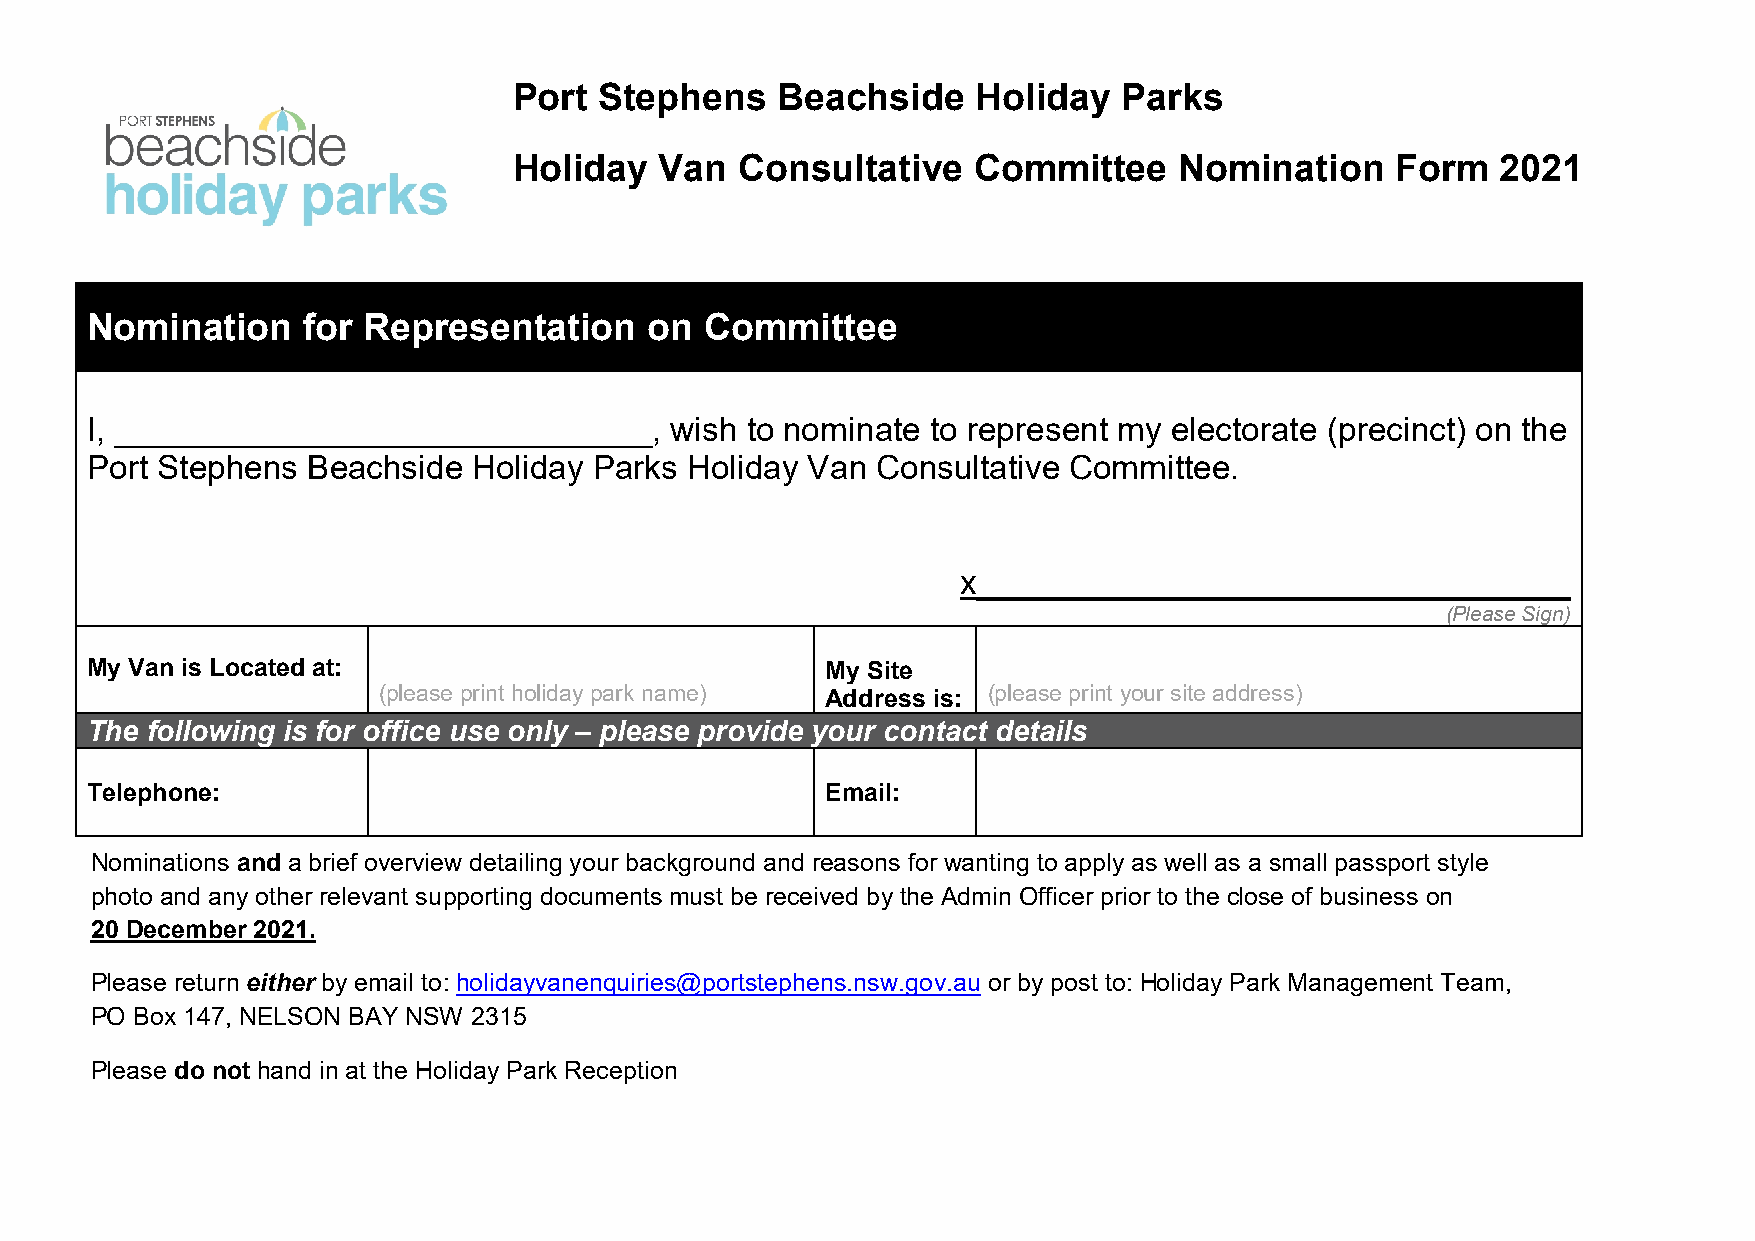
Port  Stephens   Beachside     Holiday  Parks
 Holiday   Van  Consultative   Committee     Nomination    Form   2021
 Nomination    for Representation     on  Committee
 I, _____________________________,     wish to nominate  to represent my electorate (precinct) on the
 Port Stephens Beachside  Holiday Parks Holiday Van  Consultative Committee.
 x________________________________
 (Please Sign)
 My Van is Located at:                            My Site
 (please print holiday park name)        (please print your site address)
 Address is:
 The following is for office use only – please provide your contact details
 Telephone:                                       Email:
 Nominations and a brief overview detailing your background and reasons for wanting to apply as well as a small passport style
 photo and any other relevant supporting documents must be received by the Admin Officer prior to the close of business on
 20 December 2021.
 Please return either by email to: holidayvanenquiries@portstephens.nsw.gov.au or by post to: Holiday Park Management Team,
 PO Box 147, NELSON BAY NSW 2315
 Please do not hand in at the Holiday Park Reception